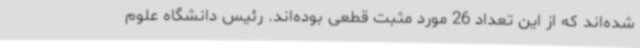
شده‌اند که از این تعداد 26 مورد مثبت قطعی بوده‌اند. رئیس دانشگاه علوم